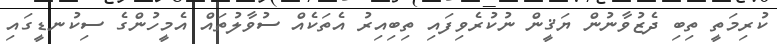
ކުރިމަތީ ތިބި ދެޒުވާނުން ޔަޤީން ނުކުރެވިފައި ތިބިއިރު އެތަކެއް ސުވާލުތައް އެމީހުންގެ ސިކުނޑީގައި